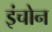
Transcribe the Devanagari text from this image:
इंचोन